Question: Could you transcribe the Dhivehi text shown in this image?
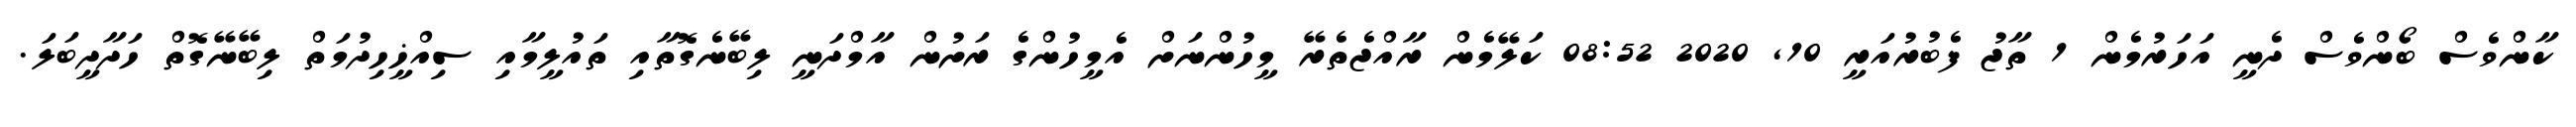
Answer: ކާންވެސް ބޯންވެސް ދެނީ އަހަރުމެން 1 ތާޖު ފެބުރުއަރީ 10, 2020 08:52 ކަލޭމެން ރާއްޖެތެރޭ މީހުންނަށް އެމީހުންގެ ރަށުން އާމްދަނީ ލިބޭނެގޮތާއި ތައުލީމާއި ސިއްޚީހިދުމަތް ލިބޭނޭގޮތް ހަދާދީބަލަ.